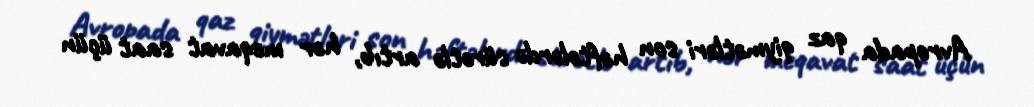
Avropada qaz qiymətləri son həftələrdə sürətlə artıb, hər meqavat saat üçün